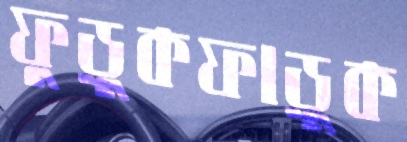
ফুড়ুকফাড়ুক